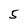
Character: 5